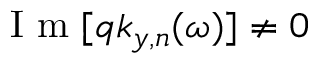
\mathrm { ~ I ~ m ~ } [ q k _ { y , n } ( \omega ) ] \neq 0